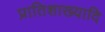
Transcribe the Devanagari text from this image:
प्रातिशाख्यादि